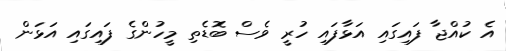
އެ ކުއްޖާ ފައިގައި އަޅާފައި ހުރީ ވެސް ބޮޑެތި މީހުންގެ ފައިގައި އަޅަން